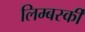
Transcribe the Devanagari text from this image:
लिम्बर्स्की